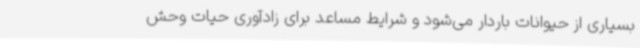
بسیاری از حیوانات باردار می‌شود و شرایط مساعد برای زادآوری حیات وحش